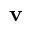
\textbf { v }